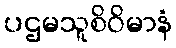
ပဌမသူစိဝိမာနံ